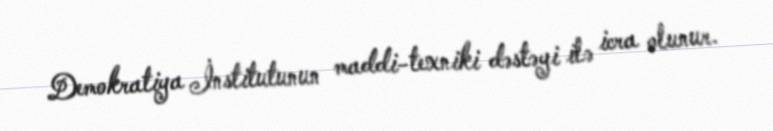
Demokratiya İnstitutunun maddi-texniki dəstəyi ilə icra olunur.